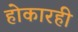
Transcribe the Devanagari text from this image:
होकारही